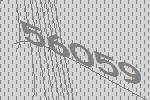
56059